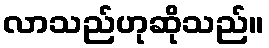
လာသည်ဟုဆိုသည်။